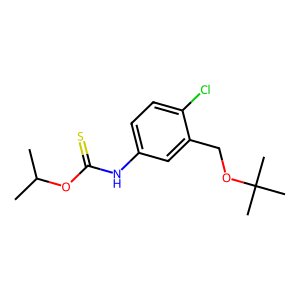
SMILES: CC(C)OC(=S)Nc1ccc(Cl)c(COC(C)(C)C)c1
Inhibits HIV replication: Yes